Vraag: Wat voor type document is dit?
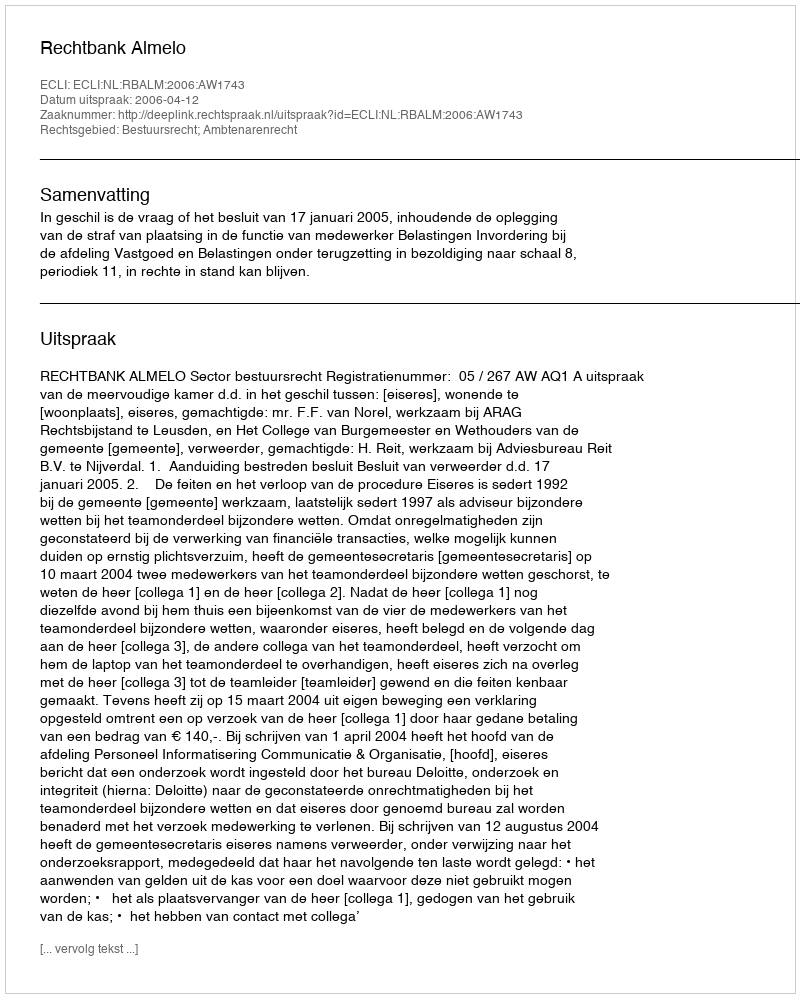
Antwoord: Uitspraak